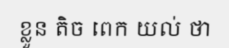
ខ្លួន តិច ពេក យល់ ថា